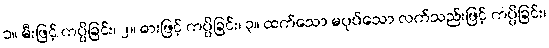
၁။ မီးဖြင့် ကပ္ပိခြင်း၊ ၂။ ဓားဖြင့် ကပ္ပိခြင်း၊ ၃။ ထက်သော မပုပ်သော လက်သည်းဖြင့် ကပ္ပိခြင်း၊